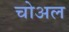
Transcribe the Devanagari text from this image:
चोअल